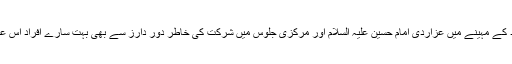
ماہ محرم الحرام اور اسد کے مہینے میں عزاردی امام حسین علیہ السلام اور مرکزی جلوس میں شرکت کی خاطر دور دارز سے بھی بہت سارے افراد اس علاقہ کا رخ کرتے ہیں ۔